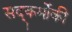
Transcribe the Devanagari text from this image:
सद्कर्मोकी